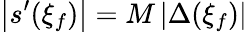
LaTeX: \left|s^{\prime}(\xi_{f})\right|=M\left|\Delta(\xi_{f})\right|